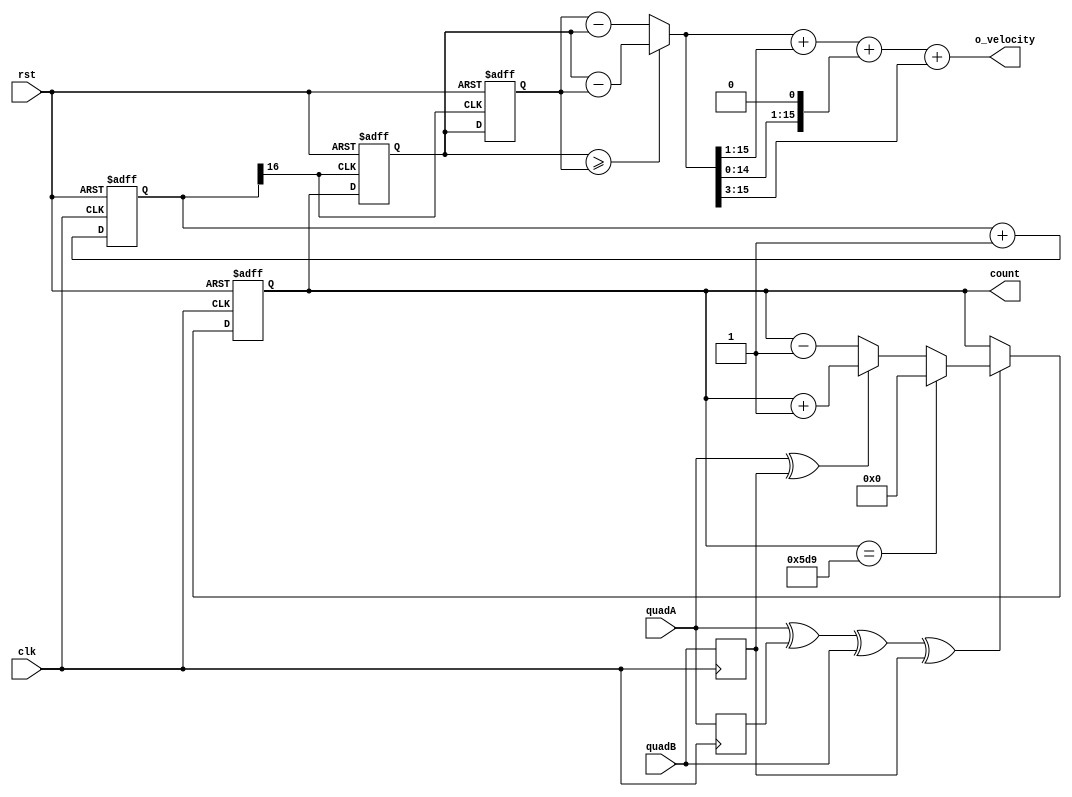
`timescale 1ns / 1ps
//////////////////////////////////////////////////////////////////////////////////
// Company: 
// Engineer: 
// 
// Design Name: 
// Module Name:    quaDecodeV2 
// Project Name: 
// Target Devices: 
// Tool versions: 
// Description: 
//
// Dependencies: 
//
// Revision: 
// Revision 0.01 - File Created
// Additional Comments: 
//
//////////////////////////////////////////////////////////////////////////////////
module quad2(clk, quadA, quadB, count, rst, o_velocity);
input clk, quadA, quadB, rst;
output [15:0] count;
output [15:0] o_velocity;

reg quadA_delayed, quadB_delayed;
reg [16:0] r_Counter;
wire w_Clk_7;

always @(posedge clk) quadA_delayed <= quadA;
always @(posedge clk) quadB_delayed <= quadB;

wire count_enable = quadA ^ quadA_delayed ^ quadB ^ quadB_delayed;
wire count_direction = quadA ^ quadB_delayed;

reg [15:0] count_prev;
reg [15:0] r_velocity;

reg [15:0] count;

reg [15:0] r_diff = 0;

wire [15:0] w_diff;


always @(posedge clk, posedge rst)
begin
  if (rst)
  begin
   r_Counter <= 0;
	count<=0;
	r_diff <= 0;
	//count_prev <= 0;
  end
  else 
	  begin 
	   //r_diff <= w_diff;
		r_Counter <= r_Counter + 1;
		if(count_enable)
		  begin
			if(count_direction) count<=count+1; else count<=count-1;
			 if (count == 1497)
				count <= 'd0;
			 else if (count == -'d1)
				count <= 1496;
		  end
	  end
end

//DEBUG: help
//assign o_velocity = 'd115;

assign w_Clk_7 = r_Counter[16]; // Divide by 2^17

reg [15:0] r_count, r_countPrev;

always @(posedge w_Clk_7, posedge rst)
begin	
   if (rst)
	begin
		r_countPrev <= 0;
		r_count <= 0;
	end
	else begin
		r_countPrev <= r_count;
		r_count <= count;
	end
end

assign w_diff = (r_count >= r_countPrev) ? (r_count - r_countPrev) : (r_countPrev - r_count);

//(count_direction) ? ((r_count >= r_countPrev)	?	(r_count - r_countPrev) : (r_count + 11'd1496 - r_countPrev))
//											 : ((r_count <= r_countPrev)	?	(r_countPrev - r_count) : (r_countPrev + 11'd1496 - r_count));


wire [15:0] w_rShift1, w_lShift1, w_lShift3;
assign w_rShift1 = w_diff >> 1;
assign w_lShift1 = w_diff << 1;
assign w_lShift3 = w_diff >> 3;
assign o_velocity = w_diff + w_rShift1 + w_lShift1 + w_lShift3;// 2+1+1/2+1/8
//assign o_velocity = w_diff;

endmodule